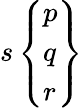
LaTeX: s\left\{ {\begin{array}{l}{p}\\ {q}\\ {r}\end{array}}\right\}